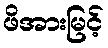
ဖိအားမြင့်